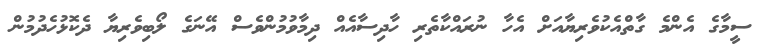
ސީމާގެ އެންމެ ގާތްއެކުވެރިޔާއަށް އެހާ ނުރައްކާތެރި ހާދިސާއެއް ދިމާވުމުންވެސް އޭނަގެ ލޯބިވެރިޔާ ދެކޮޅުހެދުމުން